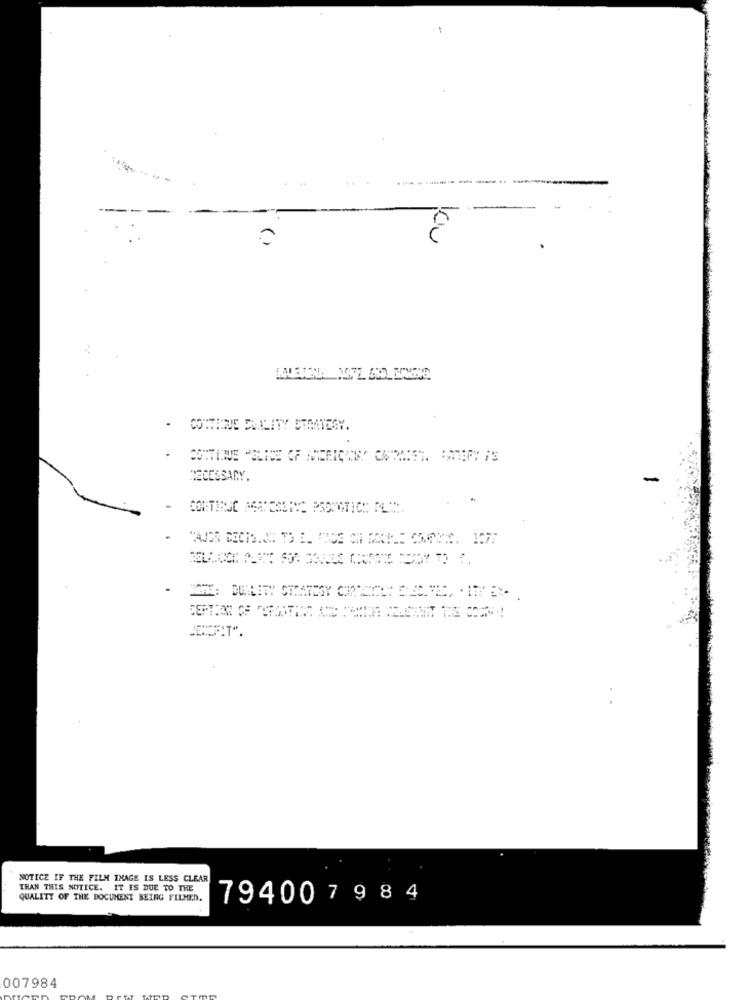
--.. .
ku
.
COTTEINE DUALITY STAATESY.
NECESSARY.
NOTICE IF THE FILM IMAGE IS LESS CLEAR
TRAN THIS NOTICE. IT IS DUE TO THE
QUALITY OF THE DOCUMENT BEING FILMED.
794007984
007984